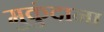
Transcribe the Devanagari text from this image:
मुकुंदाना